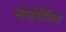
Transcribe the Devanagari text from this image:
मोनोमैनिया